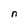
Character: n